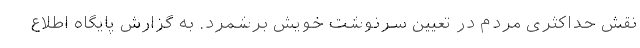
نقش حداکثری مردم در تعیین سرنوشت خویش برشمرد. به گزارش پایگاه اطلاع